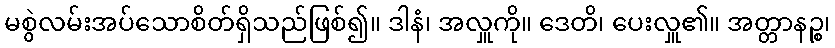
မစွဲလမ်းအပ်သောစိတ်ရှိသည်ဖြစ်၍။ ဒါနံ၊ အလှူကို။ ဒေတိ၊ ပေးလှူ၏။ အတ္တာနဉ္စ၊